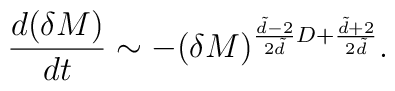
\frac{d(\delta M)}{dt}\sim -(\delta M)^{\frac{\tilde d-2}{2 \tilde d}D+\frac{\tilde d+2}{2 \tilde d}}.